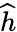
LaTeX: \widehat{h}